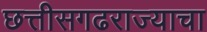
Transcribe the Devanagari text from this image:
छत्तीसगढराज्याचा